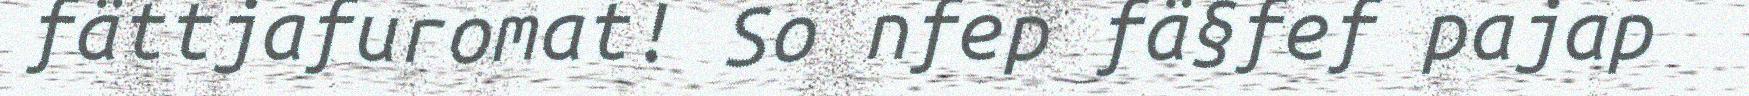
fättjafuromat! So nfep fä§fef pajap